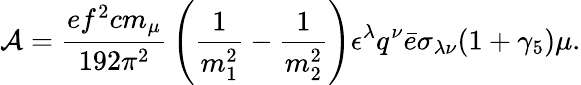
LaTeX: {\cal A}={\frac{ef^{2}cm_{\mu}}{192\pi^{2}}}\left({\frac{1}{m_{1}^{2}}}-{\frac{1}{m_{2}^{2}}}\right)\epsilon^{\lambda}q^{\nu}\bar{e}\sigma_{\lambda\nu}(1+\gamma_{5})\mu.